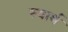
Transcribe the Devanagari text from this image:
स्‍वार्थ